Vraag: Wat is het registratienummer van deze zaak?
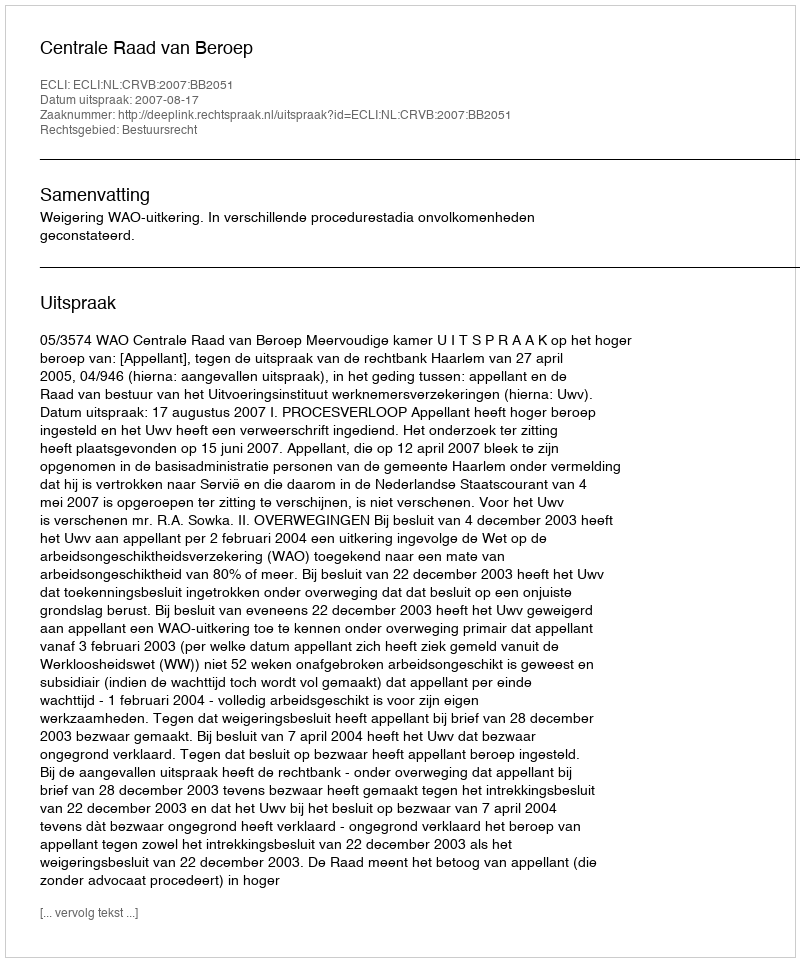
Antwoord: http://deeplink.rechtspraak.nl/uitspraak?id=ECLI:NL:CRVB:2007:BB2051